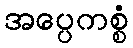
အပ္ပေကစ္စံ